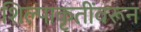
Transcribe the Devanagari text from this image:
शिल्पाकृतींवरून